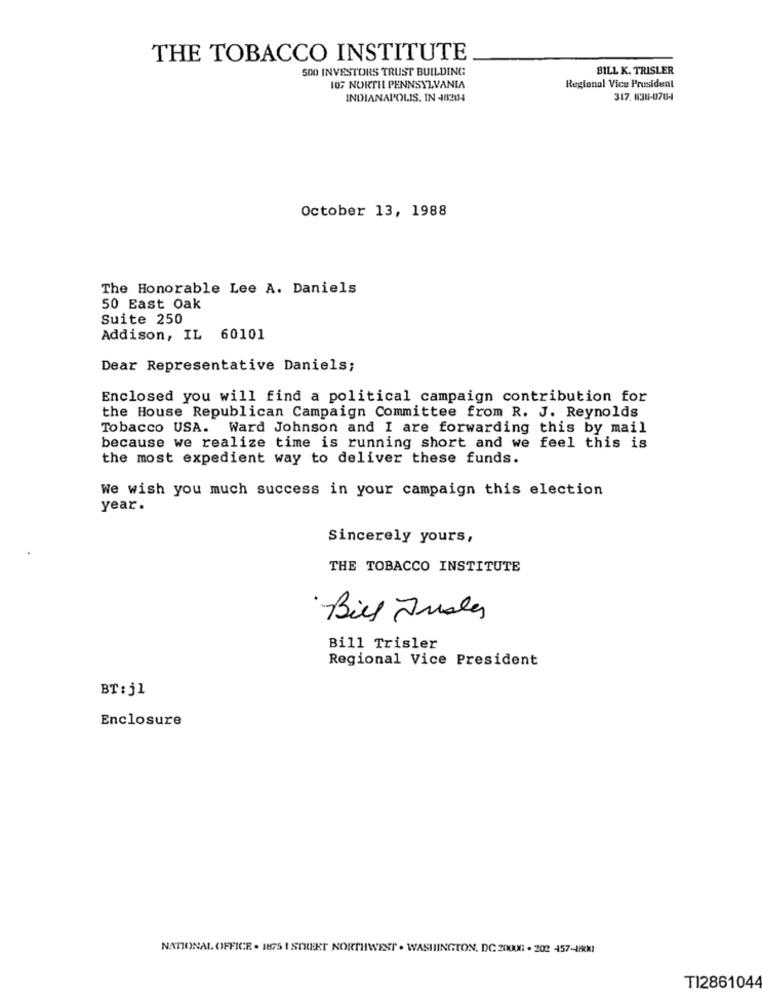
THE TOBACCO INSTITUTE
500 INVESTORS TRUST BUILDING
BILL K. TRISLER
10; NORTIL PENNSYLVANIA
Regional Vice President
INDIANAPOLIS. IN -18204
317, 838-0764
October 13, 1988
The Honorable Lee A. Daniels
50 East Oak
Suite 250
Addison, IL 60101
Dear Representative Daniels;
Enclosed you will find a political campaign contribution for
the House Republican Campaign Committee from R. J. Reynolds
Tobacco USA. Ward Johnson and I are forwarding this by mail
because we realize time is running short and we feel this is
the most expedient way to deliver these funds.
We wish you much success in your campaign this election
year.
Sincerely yours,
THE TOBACCO INSTITUTE
Bill Justas
Bill Trisler
Regional Vice President
BT:jl
Enclosure
NATIONAL OFFICE . BU75 | STREET NORTHWEST . WASHINGTON, DC 200001 . 202 457-1800
TI2861044